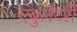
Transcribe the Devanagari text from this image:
एंबुलेटरी